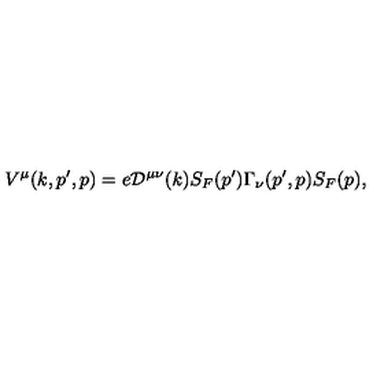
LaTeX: V ^ { \mu } ( k , p ^ { \prime } , p ) = e { \cal D } ^ { \mu \nu } ( k ) S _ { F } ( p ^ { \prime } ) \Gamma _ { \nu } ( p ^ { \prime } , p ) S _ { F } ( p ) ,